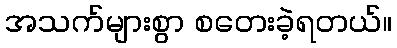
အသက်များစွာ စတေးခဲ့ရတယ်။